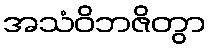
အသံဝိဘဇိတွာ